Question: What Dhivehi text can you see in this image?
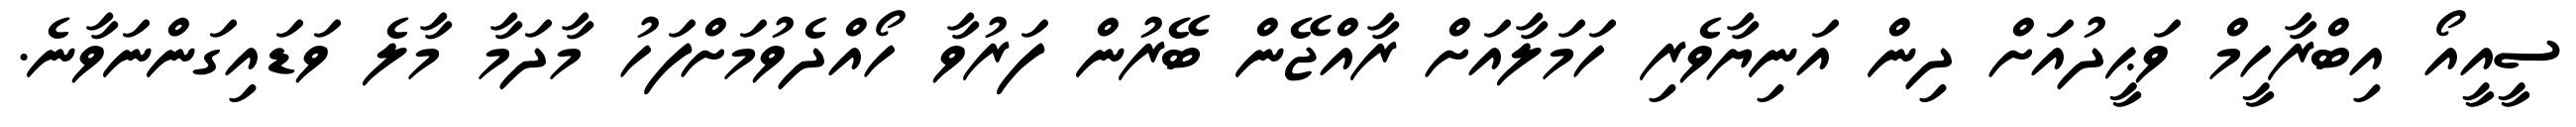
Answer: ސީއީއޯ އިބްރާހީމް ވަޙީދުއަށް ދިން އަނިޔާވެރި ހަމަލާއަށް ރާއްޖޭން ބޭރުން ފަރުވާ ހޯއްދެވުމަށްފަހު މާދަމާ މާލެ ވަޑައިގަންނަވާނެ.